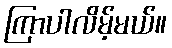
ကြာပါလိမ့်မယ်။